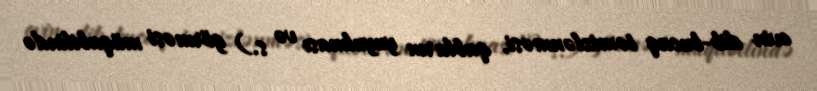
evin dib-bucaq təmizlənməsi, qabların yuyulması və s.) görməsi müqabilində